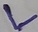
Text: L